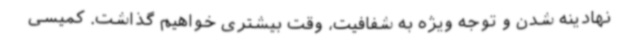
نهادینه شدن و توجه ویژه به شفافیت، وقت بیشتری خواهیم گذاشت. کمیسی